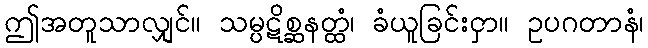
ဤအတူသာလျှင်။ သမ္ပဋိစ္ဆနတ္ထံ၊ ခံယူခြင်းငှာ။ ဥပဂတာနံ၊